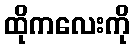
ထိုကလေးကို